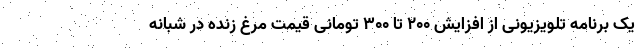
یک برنامه تلویزیونی از افزایش ۲۰۰ تا ۳۰۰ تومانی قیمت مرغ زنده در شبانه